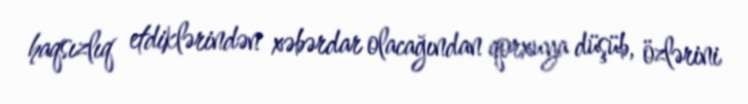
haqsızlıq etdiklərindən xəbərdar olacağından qorxuya düşüb, özlərini